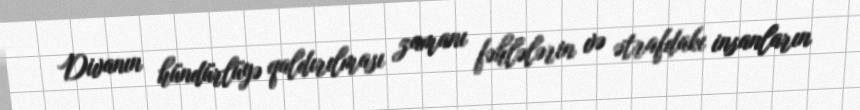
Divanın hündürlüyə qaldırılması zamanı fəhlələrin və ətrafdakı insanların